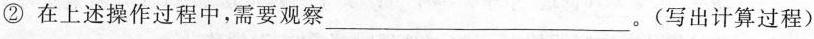
②在上述操作过程中，需要观察___。(写出计算过程)